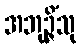
အဘုဉ္ဇိံသု